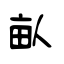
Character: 畒